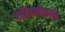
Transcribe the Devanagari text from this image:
पारितोषीकाने